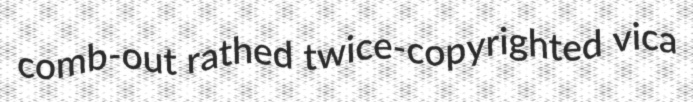
comb-out rathed twice-copyrighted vica